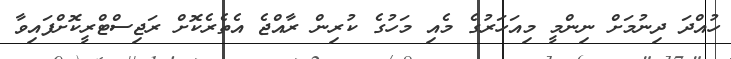
ހުއްދަ ދިނުމަށް ނިންމީ މިއަހަރުގެ މެއި މަހުގެ ކުރިން ރާއްޖެ އެތެރެކޮށް ރަޖިސްޓްރީކޮށްފައިވާ